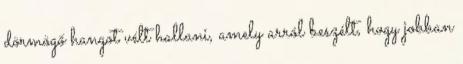
dörmögő hangot vélt hallani, amely arról beszélt, hogy jobban